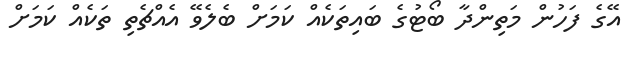
އޭގެ ފަހުން މަތިންދާ ބޯޓުގެ ބައިތަކެއް ކަމަށް ބެލެވޭ އެއްޗެތި ތަކެއް ކަމަށް